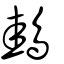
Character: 䳏